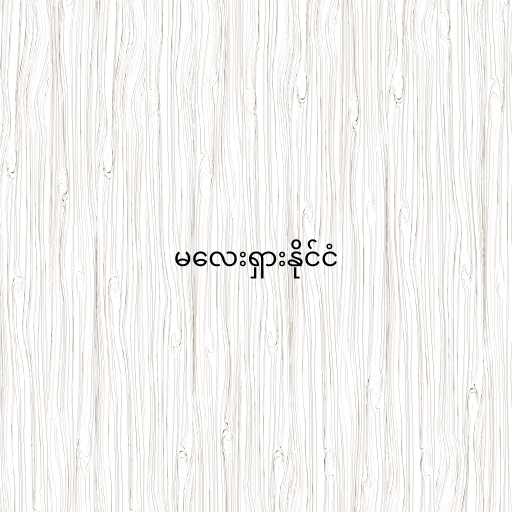
မလေးရှားနိုင်ငံ